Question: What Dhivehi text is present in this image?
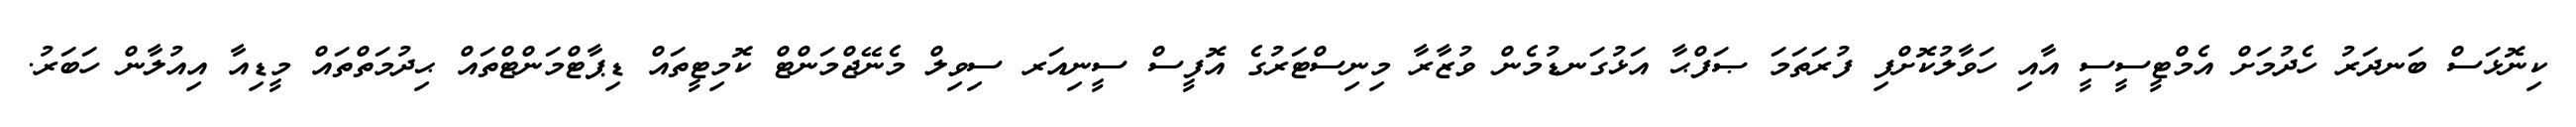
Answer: ކިނޮޅަސް ބަނދަރު ހެދުމަށް އެމްޓީސީސީ އާއި ހަވާލުކޮށްފި ފުރަތަމަ ޞަފްޙާ އަޅުގަނޑުމެން ވުޒާރާ މިނިސްޓަރުގެ އޮފީސް ސީނިއަރ ސިވިލް މެނޭޖްމަންޓް ކޮމިޓީތައް ޑިޕާޓްމަންޓްތައް ޙިދުމަތްތައް މީޑިއާ އިއުލާން ހަބަރު.